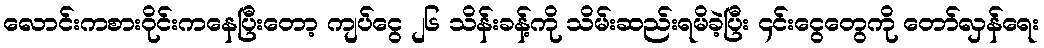
လောင်းကစားဝိုင်းကနေပြီးတော့ ကျပ်ငွေ ၂၆ သိန်းခန့်ကို သိမ်းဆည်းရမိခဲ့ပြီး ၄င်းငွေတွေကို တော်လှန်ရေး